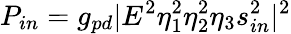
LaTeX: P_{in}=g_{pd}|E^{2}\eta_{1}^{2}\eta_{2}^{2}\eta_{3}s_{in}^{2}|^{2}